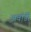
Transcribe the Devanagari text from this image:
अवॉर्डी